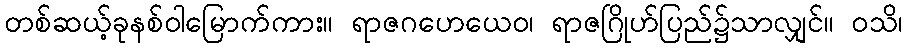
တစ်ဆယ့်ခုနစ်ဝါမြောက်ကား။ ရာဇဂဟေယေဝ၊ ရာဇဂြိုဟ်ပြည်၌သာလျှင်။ ဝသိ၊